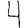
Digit: 4